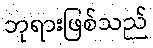
ဘုရားဖြစ်သည်